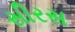
સીરસ